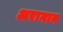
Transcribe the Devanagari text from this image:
अरागान